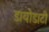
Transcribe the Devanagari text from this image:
डायोडाटी